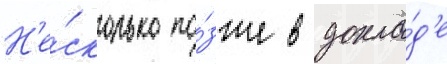
Н'е́сколько по́зже в докла́д'е